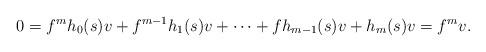
LaTeX: \begin{align*}0 = f^mh_0(s)v + f^{m-1}h_1(s)v + \cdots + fh_{m-1}(s)v + h_m(s)v = f^mv. \end{align*}